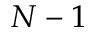
N - 1